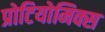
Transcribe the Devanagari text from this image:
प्रोटियोमिक्स